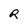
Character: R